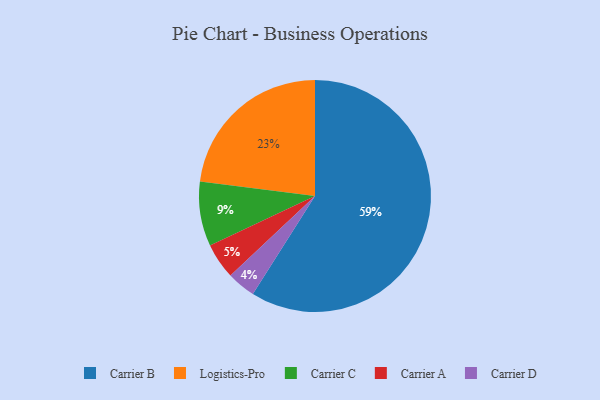
{"axis": {"x": "Category", "y": "Percentage"}, "legend": ["Carrier A", "Carrier B", "Carrier C", "Carrier D", "Logistics-Pro"], "data": [{"x": "Carrier B", "y": 59, "type": "Carrier B"}, {"x": "Carrier D", "y": 4, "type": "Carrier D"}, {"x": "Carrier C", "y": 9, "type": "Carrier C"}, {"x": "Carrier A", "y": 5, "type": "Carrier A"}, {"x": "Logistics-Pro", "y": 23, "type": "Logistics-Pro"}]}